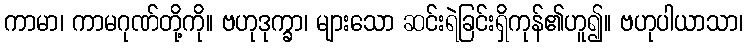
ကာမာ၊ ကာမဂုဏ်တို့ကို။ ဗဟုဒုက္ခာ၊ များသော ဆင်းရဲခြင်းရှိကုန်၏ဟူ၍။ ဗဟုပါယာသာ၊